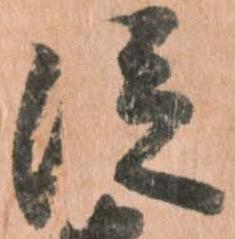
従